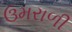
ઉમરાળી